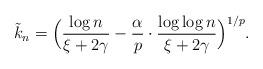
LaTeX: \begin{align*} \tilde k_n = \Bigl(\frac{\log n}{\xi+2\gamma} - \frac{\alpha}{p}\cdot\frac{\log\log n}{\xi+2\gamma}\Bigr)^{1/p}.\end{align*}